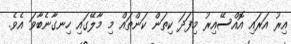
އިރު އަރައި އޮއްސޭއިރު މިފަދަ ކިތަން ކަންތައް މި މާލޭގައި ހިނގާނެބާވަ އެވެ.